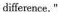
difference,"